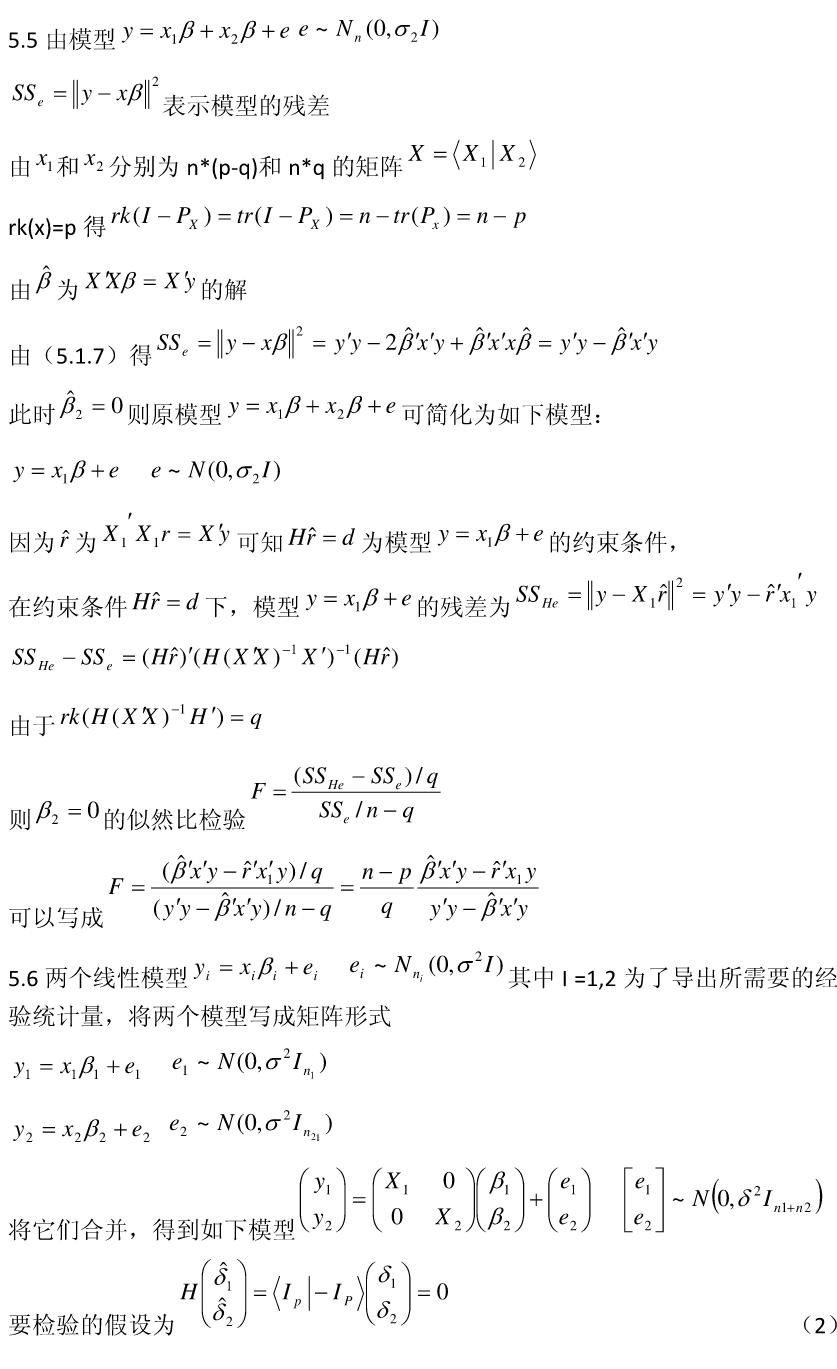
5.5 由模型$y = x_1\beta + x_2\beta + e$ $e \sim N_n(0,\sigma_2I)$

$SS_e = \|y - x\beta\|^2$表示模型的残差

由$x_1$和$x_2$分别为$n*(p - q)$和$n*q$的矩阵$X = \langle X_1|X_2\rangle$

$rk(x)=p$得$rk(I - P_X) = tr(I - P_X) = n - tr(P_x) = n - p$

由$\hat{\beta}$为$X'X\beta = X'y$的解

由（5.1.7）得$SS_e = \|y - x\beta\|^2 = y'y - 2\hat{\beta}'x'y + \hat{\beta}'x'x\hat{\beta} = y'y - \hat{\beta}'x'y$

此时$\hat{\beta}_2 = 0$则原模型$y = x_1\beta + x_2\beta + e$可简化为如下模型：

$y = x_1\beta + e$ $e \sim N(0,\sigma_2I)$

因为$\hat{r}$为$X_1'X_1r = X'y$可知$H\hat{r} = d$为模型$y = x_1\beta + e$的约束条件，

在约束条件$H\hat{r} = d$下，模型$y = x_1\beta + e$的残差为$SS_{He} = \|y - X_1\hat{r}\|^2 = y'y - \hat{r}'x_1'y$

$SS_{He} - SS_e = (H\hat{r})'(H(X'X)^{-1}X')^{-1}(H\hat{r})$

由于$rk(H(X'X)^{-1}H') = q$

则$\beta_2 = 0$的似然比检验$F = \frac{(SS_{He} - SS_e)/q}{SS_e / n - q}$

可以写成$F = \frac{(\hat{\beta}'x'y - \hat{r}'x_1'y)/q}{(y'y - \hat{\beta}'x'y)/n - q} = \frac{n - p}{q}\frac{\hat{\beta}'x'y - \hat{r}'x_1y}{y'y - \hat{\beta}'x'y}$

5.6 两个线性模型$y_i = x_i\beta_i + e_i$ $e_i \sim N_{n_i}(0,\sigma^2I)$其中$i = 1,2$为了导出所需要的经验统计量，将两个模型写成矩阵形式

$y_1 = x_1\beta_1 + e_1$ $e_1 \sim N(0,\sigma^2I_{n_1})$

$y_2 = x_2\beta_2 + e_2$ $e_2 \sim N(0,\sigma^2I_{n_2})$

将它们合并，得到如下模型$\begin{pmatrix}y_1\\y_2\end{pmatrix} = \begin{pmatrix}X_1&0\\0&X_2\end{pmatrix}\begin{pmatrix}\beta_1\\\beta_2\end{pmatrix} + \begin{pmatrix}e_1\\e_2\end{pmatrix}$ $\begin{pmatrix}e_1\\e_2\end{pmatrix} \sim N(0,\delta^2I_{n1 + n2})$

要检验的假设为$H\begin{pmatrix}\hat{\delta}_1\\\hat{\delta}_2\end{pmatrix} = \langle I_p|-I_P\rangle\begin{pmatrix}\delta_1\\\delta_2\end{pmatrix} = 0$ （2）